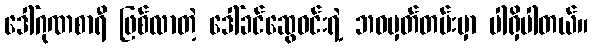
ဒေါ်ဂုဏစာရီ ဖြစ်လာတဲ့ ဒေါ်ခင်ဆွေဝင်းရဲ့ ဘဝမှတ်တမ်းမှာ ပါရှိပါတယ်။